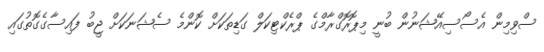
ސްވިމިން އެސޯސިއޭޝަނުން ބުނީ މިޕޮރޮގްރާމްގެ ޕްރެކްޓިކަލް ގަޑިތަކަށް ކޮންމެ ސެޝަނަކަށް ޖީބު ފައިސާގެގޮތުގައި